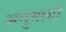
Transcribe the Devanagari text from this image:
अनुमार्गों